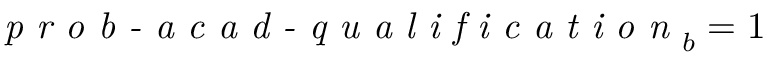
\textit { p r o b - a c a d - q u a l i f i c a t i o n } _ { b } = 1